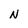
Character: N